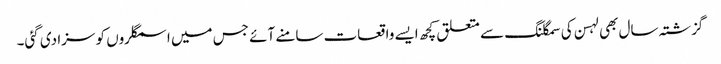
گزشتہ سال بھی لہسن کی سمگلنگ سے متعلق کچھ ایسے واقعات سامنے آئے جس میں اسمگلروں کو سزا دی گئی۔